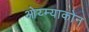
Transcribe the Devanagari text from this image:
ओय्म्याकोन